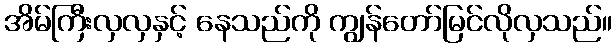
အိမ်ကြီးလှလှနှင့် နေသည်ကို ကျွန်တော်မြင်လိုလှသည်။